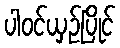
ပါဝင်ယှဉ်ပြိုင်